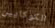
الكوكايين